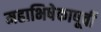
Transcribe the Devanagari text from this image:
महाभिषेकापूर्वी